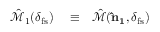
\begin{array} { r l r } { \hat { \mathcal { M } } _ { 1 } ( \delta _ { \mathrm { f s } } ) } & { { } \equiv } & { \hat { \mathcal { M } } ( { \bf \hat { n } _ { 1 } } , \delta _ { \mathrm { f s } } ) } \end{array}